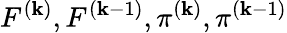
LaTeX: F^{(\mathbf{k})},F^{(\mathbf{k}-1)},\pi^{(\mathbf{k})},\pi^{(\mathbf{k}-1)}